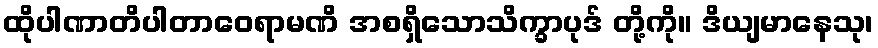
ထိုပါဏာတိပါတာဝေရာမဏိ အစရှိသောသိက္ခာပုဒ် တို့ကို။ ဒိယျမာနေသု၊